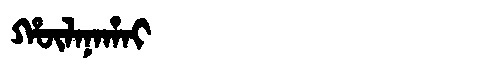
Manchu: ᡥᡡᠯᠠᠨᠠᡥᠠᡳ
Romanization: HŪLANAHAI